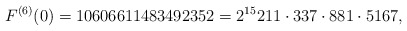
\begin{align*}F^{(6)}(0)=10606611483492352=2^{15}211\cdot 337\cdot 881\cdot 5167,\end{align*}